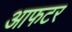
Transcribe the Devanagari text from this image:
आफटर